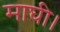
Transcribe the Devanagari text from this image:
माघी।